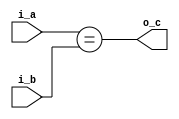
module equal_comparator#(
    parameter WIDTH=8
)(
    input  [WIDTH-1:0] i_a, i_b,
    output             o_c
);
    assign o_c = (i_a == i_b);
endmodule